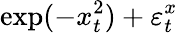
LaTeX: \exp(-x_{t}^{2})+\varepsilon_{t}^{x}